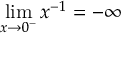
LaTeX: \operatorname* { l i m } _ { x \to 0 ^ { - } } { x ^ { - 1 } } = - \infty